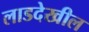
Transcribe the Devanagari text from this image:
लाडदेखील